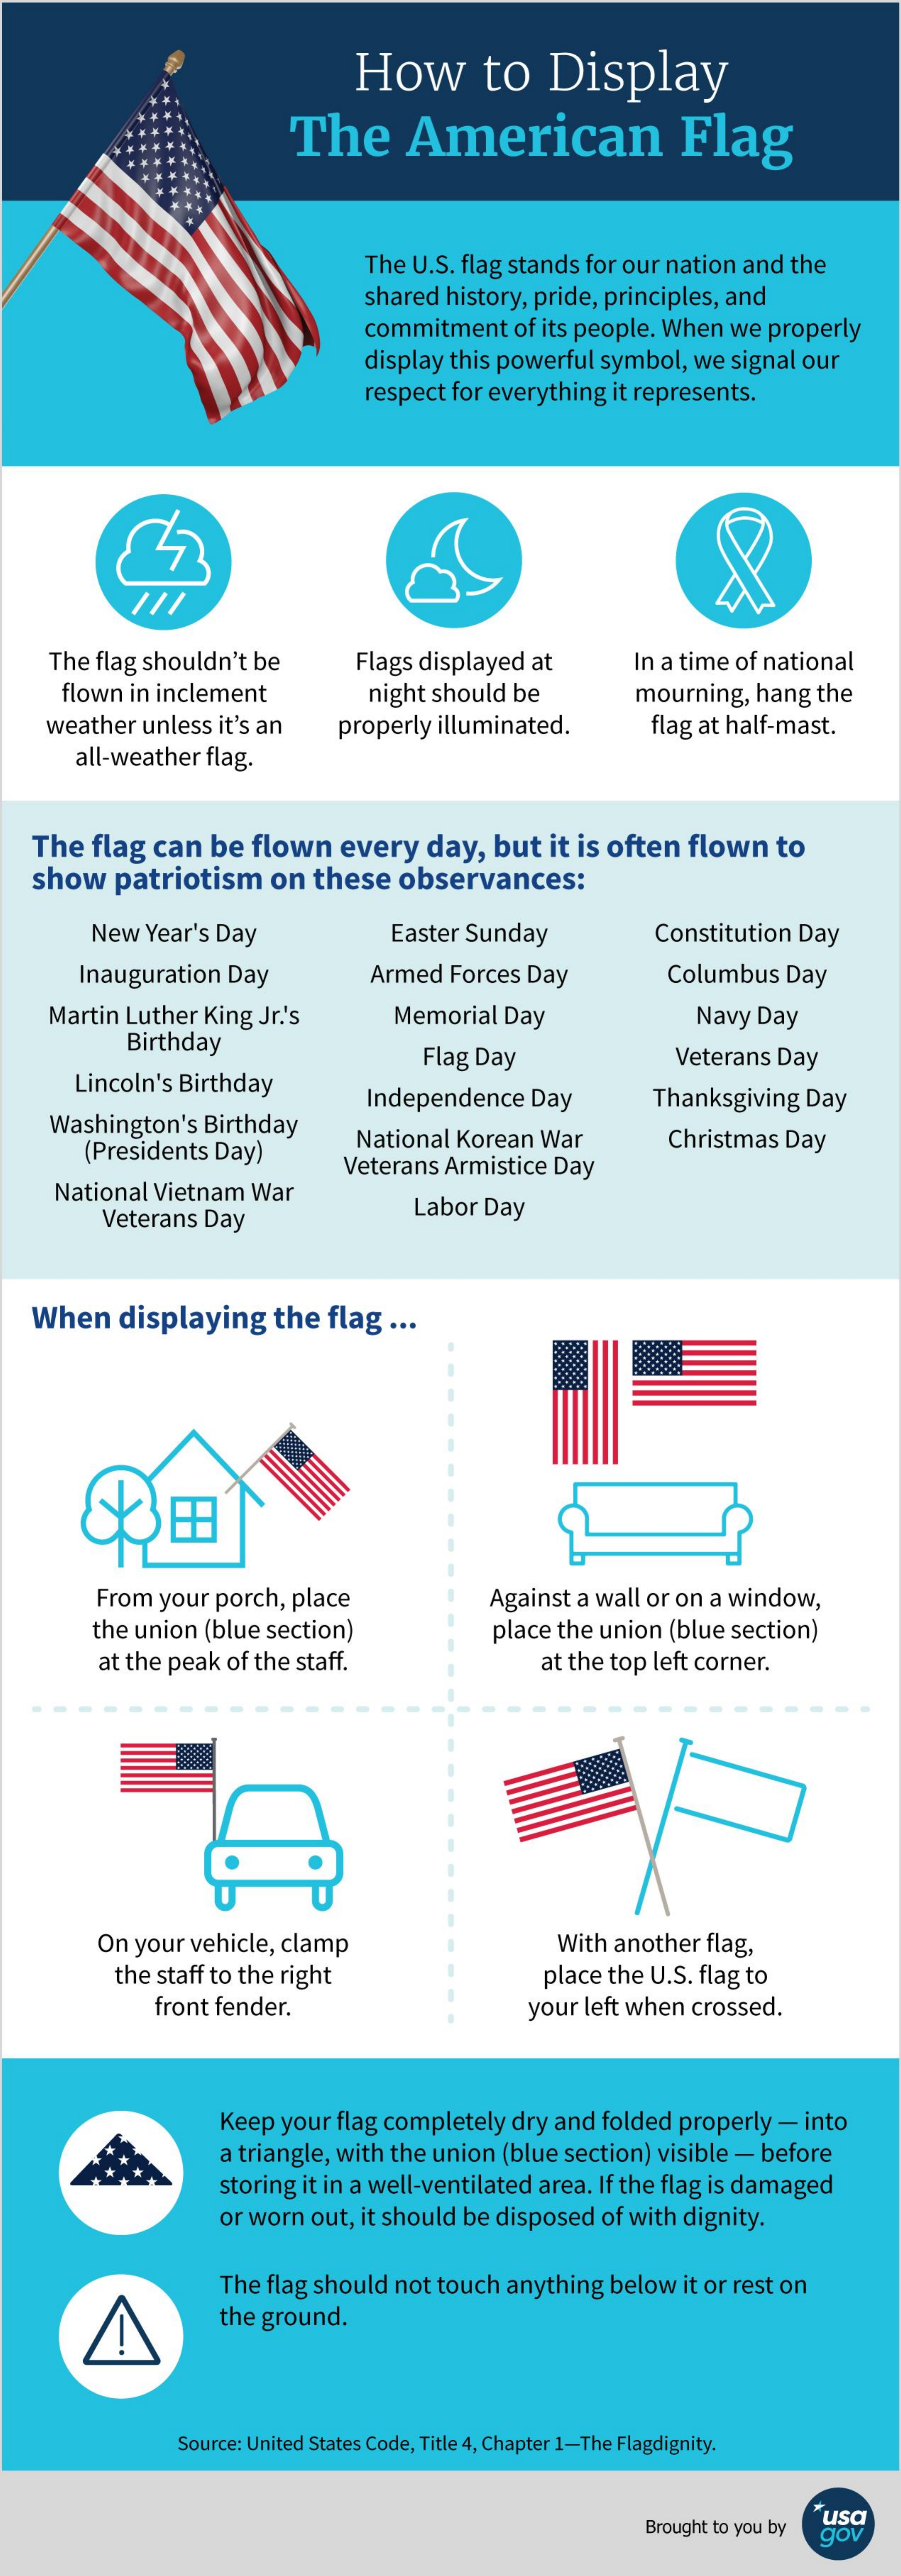
How    to    Display
     The    American    Flag
     The  U.S. flag stands for our nation  and  the
     shared  history, pride, principles, and
     commitment    of its people. When   we  properly
     display this powerful   symbol,  we  signal our
     respect  for everything  it represents.
     The  flag shouldn't  be    Flags displayed   at    In a time of national
     flown  in inclement    night should  be    mourning,   hang  the
     weather  unless  it's an    flag at half-mast.
     all-weather  flag.
     properly illuminated.
    The  flag  can   be  flown    every    day,   but   it is often   flown    to
    show   patriotism    on   these   observances:
     New  Year's Day    Easter Sunday    Constitution Day
     Inauguration   Day    Armed  Forces  Day    Columbus   Day
     Martin  Luther King  Jr.'s
     Birthday
     Memorial   Day    Navy Day
     Lincoln's Birthday
     Flag Day    Veterans  Day
     Washington's    Birthday
     Independence    Day    Thanksgiving   Day
     (Presidents  Day)
     National  Korean   War    Christmas  Day
     National  Vietnam  War
     Veterans  Armistice  Day
     Veterans  Day    Labor  Day
   When    displaying    the  flag  ...
     田
     From  your  porch,  place    Against a wall or on  a window,
     the union  (blue section)    place the union  (blue  section)
     at the peak  of the staff.    at the top left corner.
     On  your vehicle,  clamp    With another  flag,
     the staff to the right    place the  U.S. flag to
     front fender.    your  left when  crossed.
     Keep your  flag completely   dry and  folded properly   - into
     a triangle, with the union  (blue section)  visible - before
     storing it in a well-ventilated area. If the flag is damaged
     or worn out, it should  be disposed   of with dignity.
     The  flag should  not touch  anything   below  it or rest on
     the ground.
     Source: United States Code, Title 4, Chapter 1-The Flagdignity.
     Brought to you by
     usa
     gov